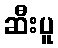
ဆီးပူ